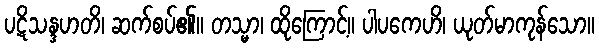
ပဋိသန္ဒဟတိ၊ ဆက်စပ်၏။ တသ္မာ၊ ထိုကြောင့်။ ပါပကေဟိ၊ ယုတ်မာကုန်သော။